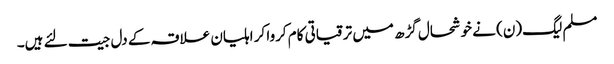
مسلم لیگ(ن) نے خوشحال گڑھ میں ترقیاتی کام کروا کر اہلیان علاقہ کے دل جیت لئے ہیں۔